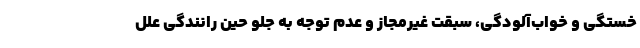
خستگی و خواب‌آلودگی، سبقت غیرمجاز و عدم توجه به جلو حین رانندگی علل